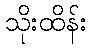
သိုးထိန်း